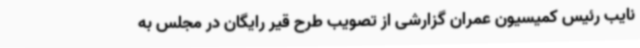
نایب رئیس کمیسیون عمران گزارشی از تصویب طرح قیر رایگان در مجلس به